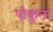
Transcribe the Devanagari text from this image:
पोकुना